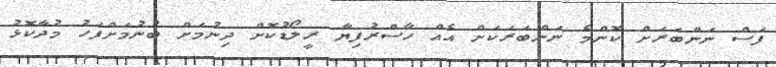
ފަސް ނަންބަރަށް ކޮންމެ ނަންބަރަކަށް އެއް ހާސްރުފިޔާ ރީލޯޑުކޮށް ދިނުމަށް ބުނުމަށްފަހު މުދާކޮޅު